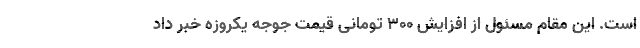
است. این مقام مسئول از افزایش ۳۰۰ تومانی قیمت جوجه یکروزه خبر داد